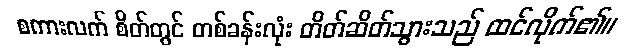
စကားလက် စိတ်တွင် တစ်ခန်းလုံး တိတ်ဆိတ်သွားသည် ထင်လိုက်၏။